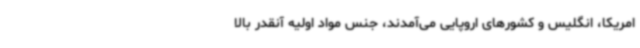
امریکا، انگلیس و کشورهای اروپایی می‌آمدند، جنس مواد اولیه آنقدر بالا